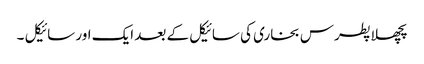
پچھلا پطرس بخاری کی سائیکل کے بعد ایک اور سائیکل ۔